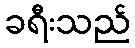
ခရီးသည်